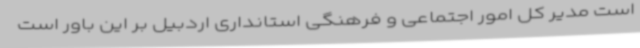
است مدیر کل امور اجتماعی و فرهنگی استانداری اردبیل بر این باور است